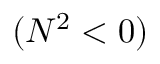
( N ^ { 2 } < 0 )